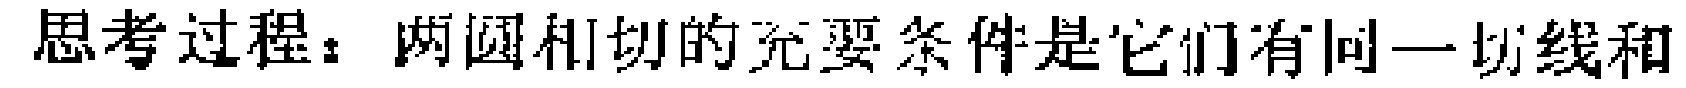
思考过程：两圆相切的充要条件是它们有同一切线和